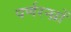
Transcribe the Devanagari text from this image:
पर्णरन्ध्रों